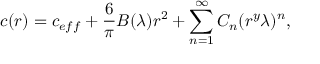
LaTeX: c ( r ) = c _ { e f f } + \frac { 6 } { \pi } B ( \lambda ) r ^ { 2 } + \sum _ { n = 1 } ^ { \infty } { C } _ { n } ( r ^ { y } \lambda ) ^ { n } ,